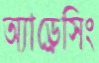
অ্যাড্রেসিং